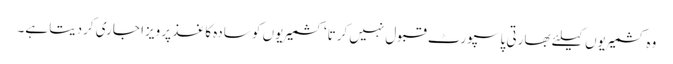
وہ کشمیریوں کیلئے بھارتی پاسپورٹ قبول نہیں کرتا‘ کشمیریوں کو سادہ کاغذ پر ویزا جاری کردیتا ہے۔